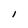
Character: I